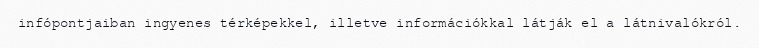
infópontjaiban ingyenes térképekkel, illetve információkkal látják el a látnivalókról.